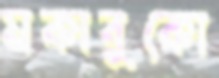
মকাবুকো